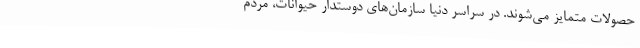
حصولات متمایز می‌شوند. در سراسر دنیا سازمان‌های دوستدار حیوانات، مردم